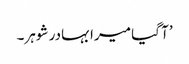
’آ گیا میرا بہادر شوہر۔